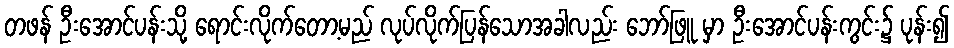
တဖန် ဦးအောင်ပန်းသို့ ရောင်းလိုက်တော့မည် လုပ်လိုက်ပြန်သောအခါလည်း ဘော်ဖြူ မှာ ဦးအောင်ပန်းကွင်း၌ ပုန်း၍